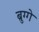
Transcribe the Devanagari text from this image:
ब्रुग्गे